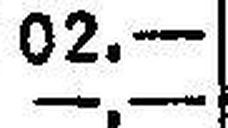
—.—